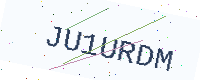
Text: JU1URDM